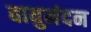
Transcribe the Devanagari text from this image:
वायुनंदन